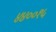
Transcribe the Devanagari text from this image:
४४००१५